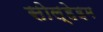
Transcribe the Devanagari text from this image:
सोल्हेइम